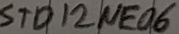
Text: STD12NE06